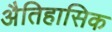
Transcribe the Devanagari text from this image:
अैतिहासिक